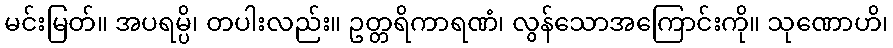
မင်းမြတ်။ အပရမ္ပိ၊ တပါးလည်း။ ဥတ္တရိကာရဏံ၊ လွန်သောအကြောင်းကို။ သုဏောဟိ၊